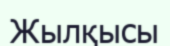
Жылқысы